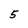
Character: 5